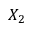
X _ { 2 }